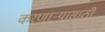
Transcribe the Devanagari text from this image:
करणाऱ्यासाठी